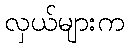
လှယ်များက